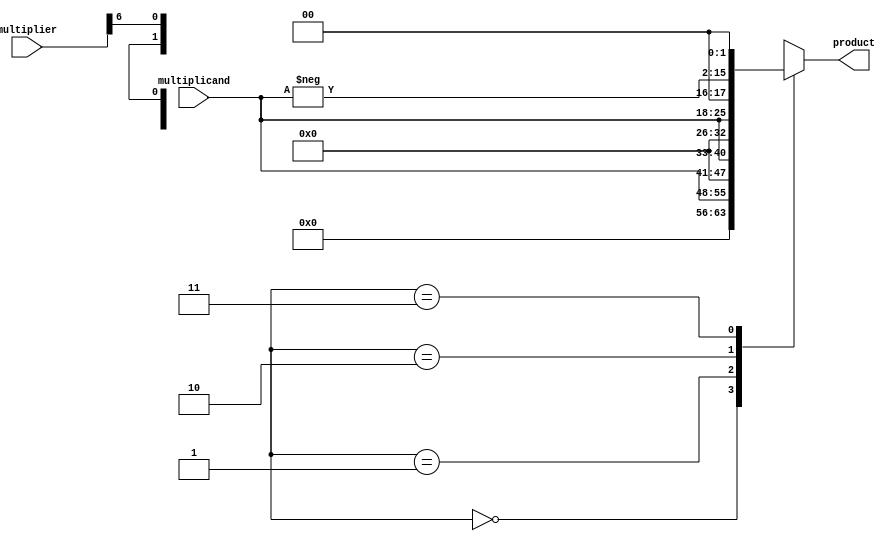
module ParallelBoothMultiplier (
    input [7:0] multiplicand,
    input [7:0] multiplier,
    output reg [15:0] product
);

reg [7:0] booth_encoded_multiplier;
reg [15:0] partial_product;

always @(*)
begin
    booth_encoded_multiplier = {multiplier[7], multiplier} << 1;
end

always @(*)
begin
    case(booth_encoded_multiplier[8:7])
        2'b00: partial_product = multiplicand << 0;
        2'b01: partial_product = multiplicand << 1;
        2'b10: partial_product = multiplicand << 2;
        2'b11: partial_product = -multiplicand << 2;
    endcase
end

always @(*)
begin
    product = partial_product;
end

endmodule